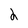
Character: 2